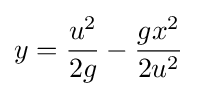
y={\frac {u^{2}}{2g}}-{\frac {gx^{2}}{2u^{2}}}